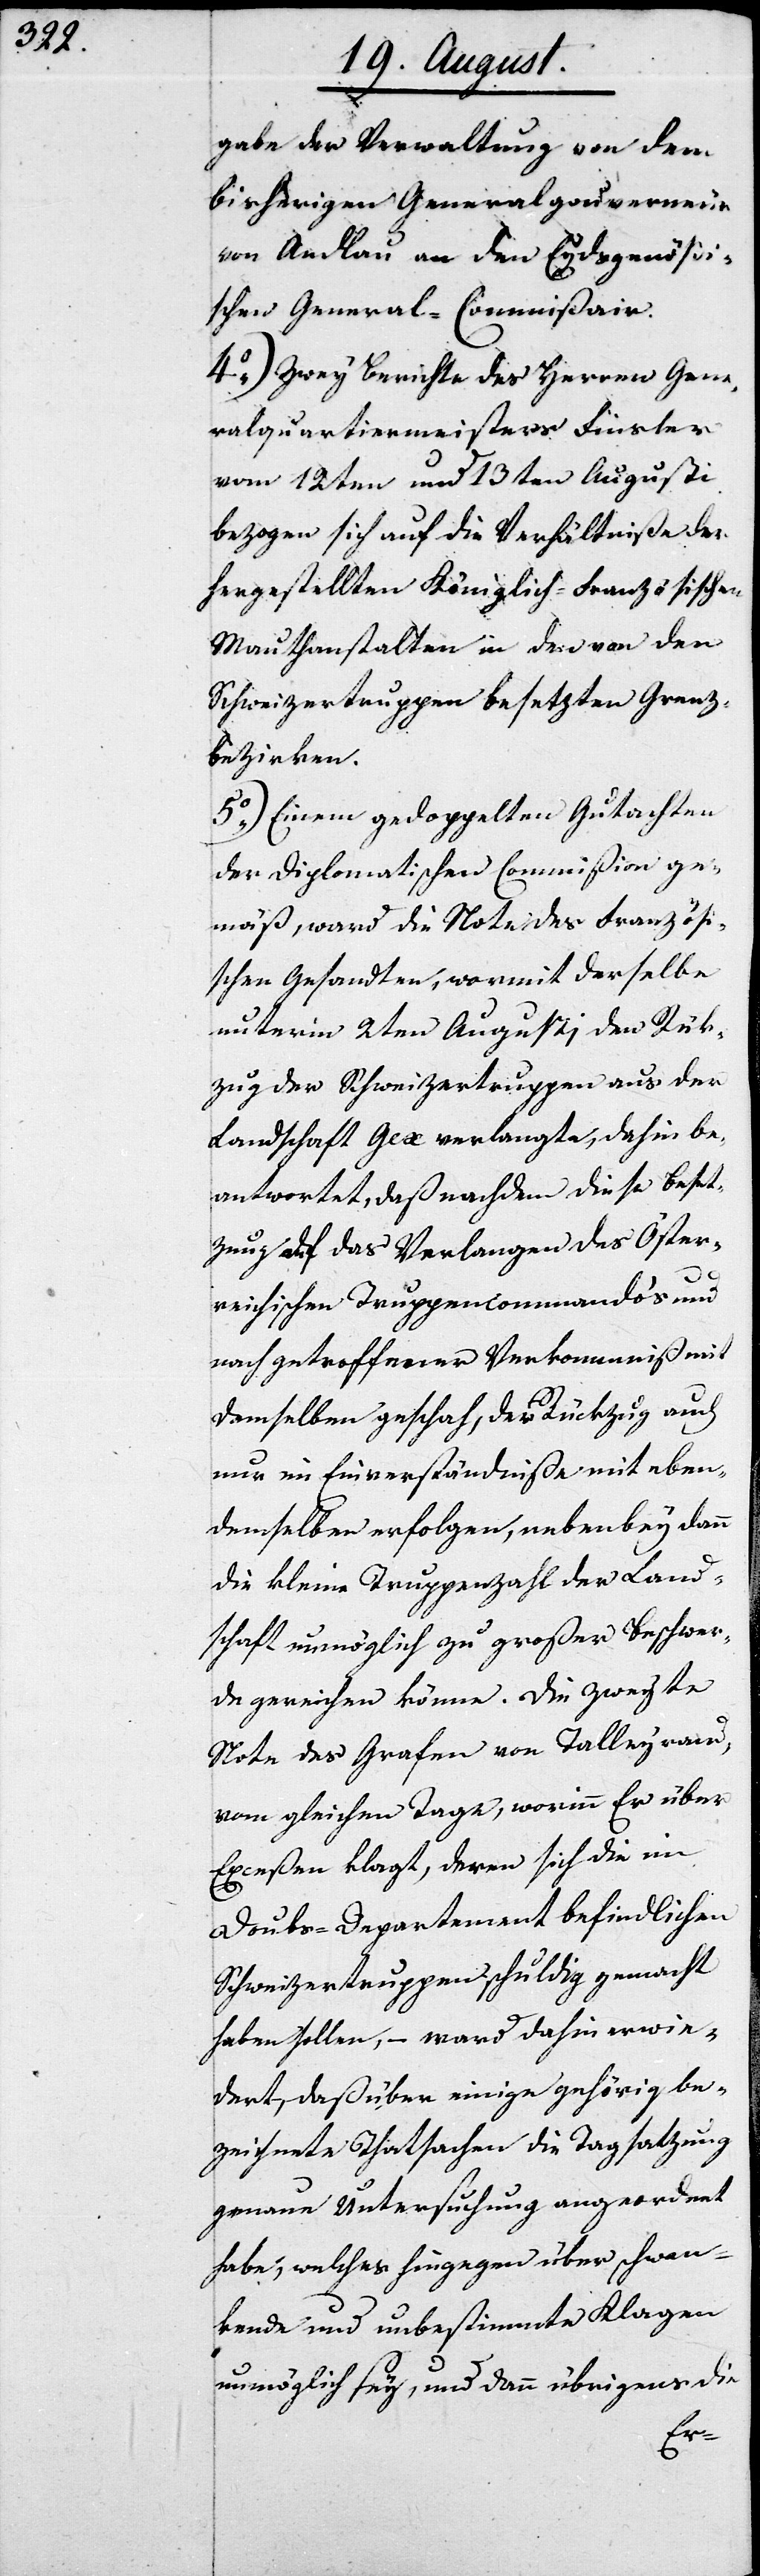
gabe der Verwaltung von dem
bisherigen Generalgouverneur
von Andlau an den Eydsgenößi¬
schen General-Commißair.
4.) Zwey Berichte des Herren Gene¬
ralquartiermeisters Finsler
vom 12ten und 13ten Augusti
bezogen sich auf die Verhältniße des
hergestellten Königlich-Französischen
Mauthanstalten in den von den
Schweizertruppen besetzten Grenz¬
bezirken.
5.) Einem gedoppelten Gutachten
der Diplomatischen Commißion ge¬
mäß, ward die Note des Französi¬
schen Gesandten, wormit derselbe
unterm 2ten Augusti, den Rück¬
zug der Schweizertruppen aus der
Landschaft Gex verlangte, dahin be¬
antwortet, daß nachdem diese Beset¬
zung auf das Verlangen des Öster¬
reichischen Truppencommandos und
nach getroffener Verkommniß mit
demselben geschah, der Rückzug auch
nur im Einverständniße mit eben¬
demselben erfolgen, nebenbey dann
die kleine Truppenzahl der Land¬
schaft unmöglich zu großer Beschwer¬
de gereichen könne. Die zweyte
Note des Grafen von Talleyrand,
vom gleichen Tag, worinn Er über
Exceßen klagt, deren sich die im
Doubs-Departement befindlichen
Schweizertruppen schuldig gemacht
haben sollen, – ward dahin erwie¬
dert, daß über einige gehörig be¬
zeigte Thatsachen die Tagsatzung
genaue Untersuchung angeordnet
habe, welches hingegen über schwan¬
kende und unbestimmte Klagen
unmöglich sey, und dann übrigens die